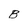
Character: B